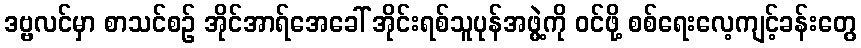
ဒဗ္ဗလင်မှာ စာသင်စဉ် အိုင်အာရ်အေခေါ် အိုင်းရစ်သူပုန်အဖွဲ့ကို ဝင်ဖို့ စစ်ရေးလေ့ကျင့်ခန်းတွေ